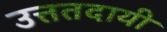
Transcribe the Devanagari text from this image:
उत्ततदायी